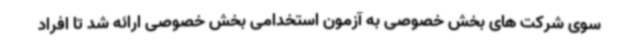
سوی شرکت های بخش خصوصی به آزمون استخدامی بخش خصوصی ارائه شد تا افراد